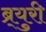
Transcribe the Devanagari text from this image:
ब्र्युरी